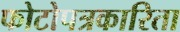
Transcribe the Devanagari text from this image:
फोटोपत्रकारिता